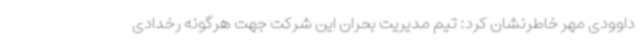
داوودی مهر خاطرنشان کرد: تیم مدیریت بحران این شرکت جهت هرگونه رخدادی